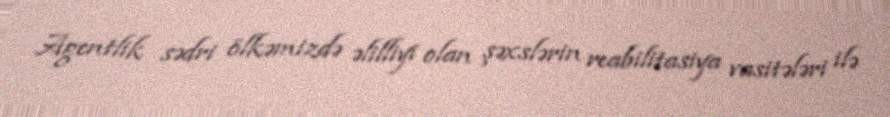
Agentlik sədri ölkəmizdə əlilliyi olan şəxslərin reabilitasiya vasitələri ilə